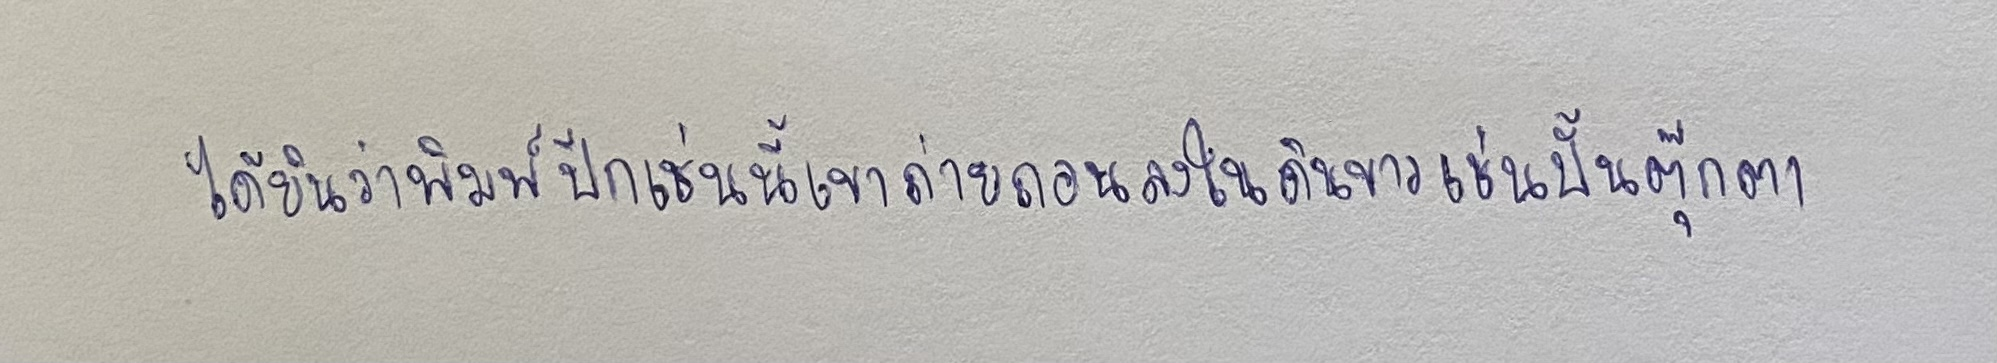
ได้ยินว่าพิมพ์ปีกเช่นนี้เขาถ่ายถอนลงในดินขาวเช่นปั้นตุ๊กตา